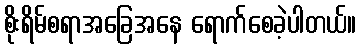
စိုးရိမ်စရာအခြေအနေ ရောက်စေခဲ့ပါတယ်။